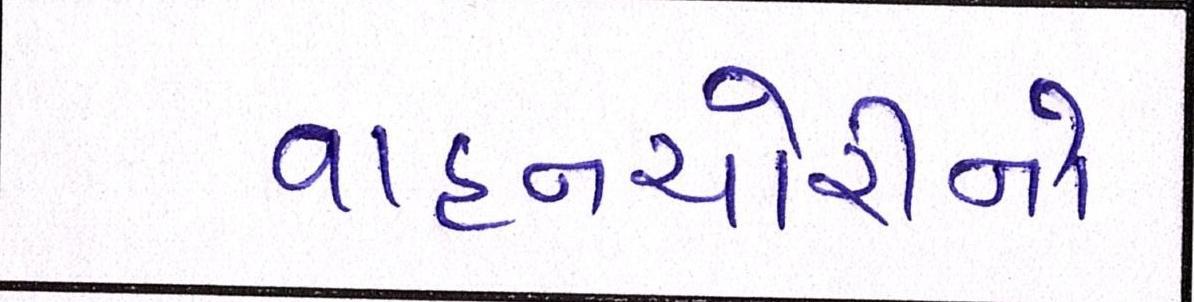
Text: વાહનચોરીનો